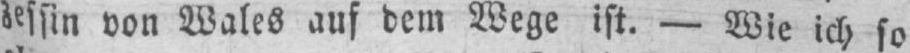
zessin von Wales auf dem Wege ist. - Wie ich so